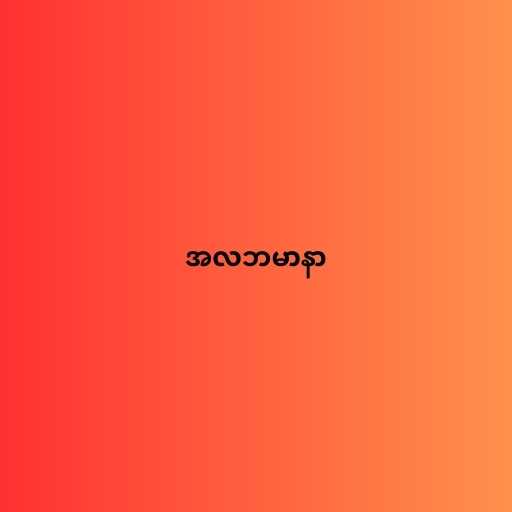
အလဘမာနာ